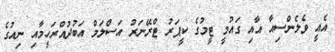
އެއީ ވެލެންސިއާ އާއި ގައުމީ ޓީމުގެ ކީޕަރު ޓްރޭނަރު އަސްލަމް އަބުދުއްރަހީމާއި ނިއުގެ